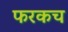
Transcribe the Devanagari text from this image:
फरकच